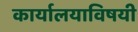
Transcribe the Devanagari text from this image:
कार्यालयाविषयी